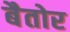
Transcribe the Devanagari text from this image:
बैतोर